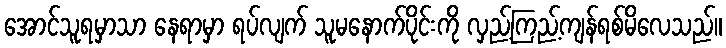
အောင်သူရမှာသာ နေရာမှာ ရပ်လျက် သူမနောက်ပိုင်းကို လှည့်ကြည့်ကျန်ရစ်မိလေသည်။